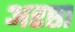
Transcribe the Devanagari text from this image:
अरष्ठा